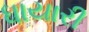
ધાયારી